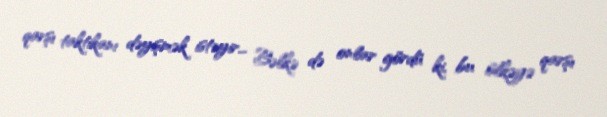
qarşı taktikanı dəyişmək istəyir... Bəlkə də onlar gördü ki, bu ölkəyə qarşı